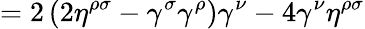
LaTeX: =2\left(2\eta^{\rho\sigma}-\gamma^{\sigma}\gamma^{\rho}\right)\gamma^{\nu}-4\gamma^{\nu}\eta^{\rho\sigma}